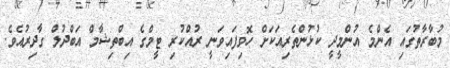
މުބާރާތުގައި އެންމެ އުންމީދީ ކުޅުންތެރިއަކަށް ހޮވިފައިވަނީ ރުއްކުރި ޓީމްގެ އިބްތިޝާމް އަބްދުލް ގާދިރުއެވެ.